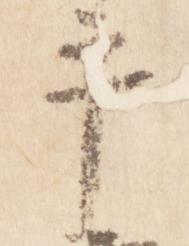
手